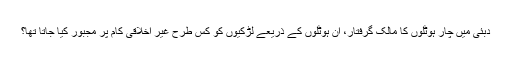
دبئی میں چار ہوٹلوں کا مالک گرفتار، ان ہوٹلوں کے ذریعے لڑکیوں کو کس طرح غیر اخلاقی کام پر مجبور کیا جاتا تھا؟